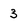
Character: 3